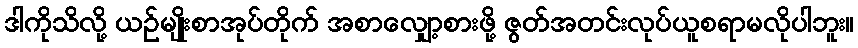
ဒါကိုသိလို့ ယဉ်မျိုးစာအုပ်တိုက် အစာလျှော့စားဖို့ ဇွတ်အတင်းလုပ်ယူစရာမလိုပါဘူး။